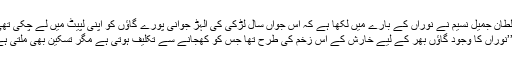
سلطان جمیل نسیم نے نوراں کے بارے میں لکھا ہے کہ اس جواں سال لڑکی کی الہڑ جوانی پورے گاؤں کو اپنی لپیٹ میں لے چکی تھی:
’’نوراں کا وجود گاؤں بھر کے لیے خارش کے اس زخم کی طرح تھا جس کو کھجانے سے تکلیف ہوتی ہے مگر تسکین بھی ملتی ہے۔